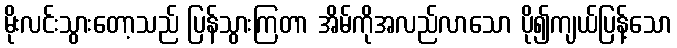
မိုးလင်းသွားတော့သည် ပြန်သွားကြတာ အိမ်ကိုအလည်လာသော ပို၍ကျယ်ပြန့်သော